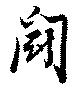
闘